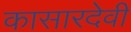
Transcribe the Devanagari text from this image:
कासारदेवी